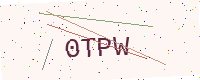
Text: 0TPW